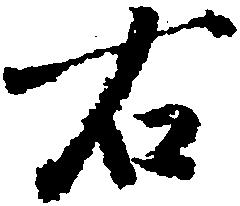
右